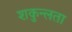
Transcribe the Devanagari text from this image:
शकुन्‍लता